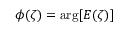
\phi ( \zeta ) = \mathrm { a r g } [ E ( \zeta ) ]